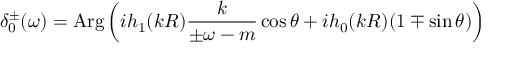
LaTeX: \delta _ { 0 } ^ { \pm } ( \omega ) = \mathrm { A r g } \left( i h _ { 1 } ( k R ) \frac { k } { \pm \omega - m } \cos \theta + i h _ { 0 } ( k R ) ( 1 \mp \sin \theta ) \right)